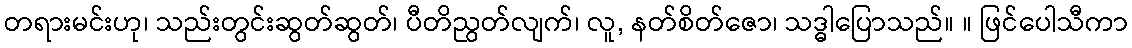
တရားမင်းဟု၊ သည်းတွင်းဆွတ်ဆွတ်၊ ပီတိညွတ်လျက်၊ လူ, နတ်စိတ်ဇော၊ သဒ္ဓါပြောသည်။ ။ ဖြင်ပေါသီကာ